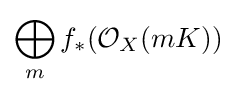
\bigoplus _{m}f_{*}({\mathcal {O}}_{X}(mK))